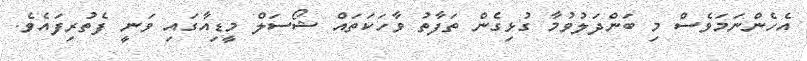
އެހެންނަމަވެސް މި ބަންދަލުވުމާ ގުޅިގެން ތަފާތު ވާހަކަތައް ޝޯސަލް މީޑިއާގައި ވަނީ ފެތުރިފައެވެ.